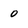
Character: 0